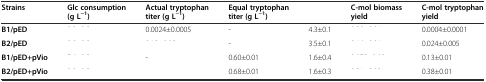
<table><thead><tr><td><b>Strains</b></td><td><b>Glc consumption (g L<sup>−1</sup>)</b></td><td><b>Actual tryptophan titer (g L<sup>−1</sup>)</b></td><td><b>Equal tryptophan titer (g L<sup>−1</sup>)</b></td><td>[EMPTY_CELL]</td><td><b>C-mol biomass yield</b></td><td><b>C-mol tryptophan yield</b></td></tr></thead><tbody><tr><td><b>B1/pED</b></td><td>[EMPTY_CELL]</td><td>0.0024±0.0005</td><td>-</td><td>4.3±0.1</td><td>[EMPTY_CELL]</td><td>0.0004±0.0001</td></tr><tr><td><b>B2/pED</b></td><td>[EMPTY_CELL]</td><td>[EMPTY_CELL]</td><td>-</td><td>3.5±0.1</td><td>[EMPTY_CELL]</td><td>0.024±0.005</td></tr><tr><td><b>B1/pED+pVio</b></td><td>[EMPTY_CELL]</td><td>-</td><td>0.60±0.01</td><td>1.6±0.4</td><td>[EMPTY_CELL]</td><td>0.13±0.01</td></tr><tr><td><b>B2/pED+pVio</b></td><td>[EMPTY_CELL]</td><td>[EMPTY_CELL]</td><td>0.68±0.01</td><td>1.6±0.3</td><td>[EMPTY_CELL]</td><td>0.38±0.01</td></tr></tbody></table>